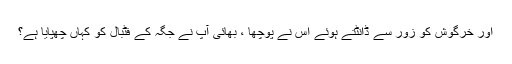
اور خرگوش کو زور سے ڈانٹتے ہوئے اس نے پوچھا ، بھائی آپ نے جگہ کے فٹبال کو کہاں چھپایا ہے؟